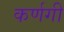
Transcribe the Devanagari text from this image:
कर्णगी